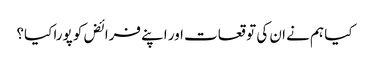
کیا ہم نے ان کی توقعات اور اپنے فرائض کو پورا کیا؟